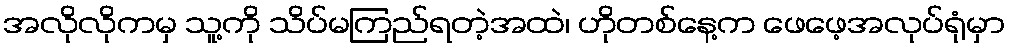
အလိုလိုကမှ သူ့ကို သိပ်မကြည်ရတဲ့အထဲ၊ ဟိုတစ်နေ့က ဖေဖေ့အလုပ်ရုံမှာ